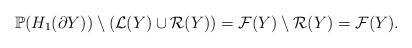
LaTeX: \begin{align*}{\mathbb{P}}(H_1(\partial Y)) \setminus (\mathcal{L}(Y)\cup \mathcal{R}(Y))=\mathcal{F}(Y) \setminus \mathcal{R}(Y)=\mathcal{F}(Y).\end{align*}